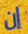
إن